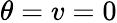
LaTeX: \theta=v=0